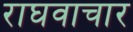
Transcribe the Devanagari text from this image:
राघवाचार